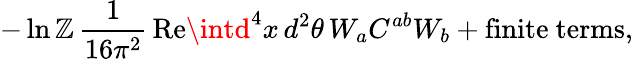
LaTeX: -\ln\mathbb{Z}\, \frac{{1}}{{16\pi^{2}}}\, \mathrm{{Re}}\intd^{4}x\, d^{2}\theta\, W_{a}C^{ab}W_{b}+\mathrm{{finite~terms}},